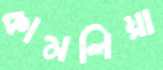
কামলিয়া